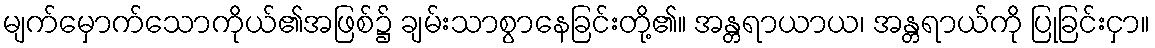
မျက်မှောက်သောကိုယ်၏အဖြစ်၌ ချမ်းသာစွာနေခြင်းတို့၏။ အန္တရာယာယ၊ အန္တရာယ်ကို ပြုခြင်းငှာ။